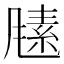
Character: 𬲃